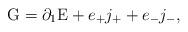
LaTeX: \begin{align*}{\rm G} = \partial_{1} {\rm E} + e_{+} j_{+} + e_{-} j_{-},\end{align*}